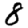
Digit: 8